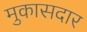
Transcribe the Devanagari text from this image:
मुकासदार